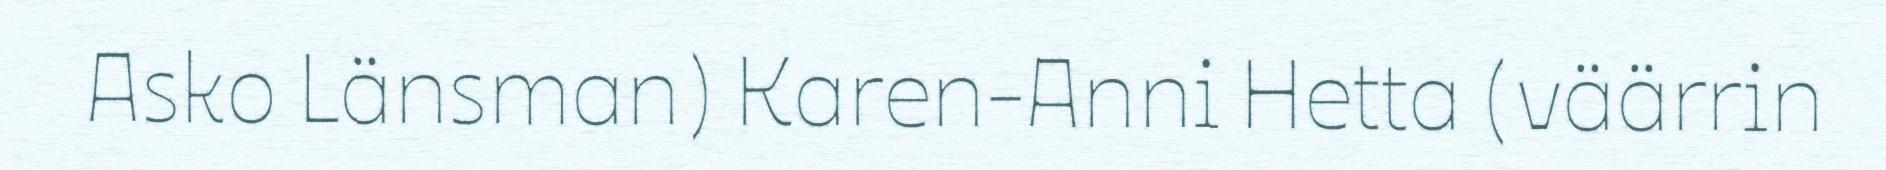
Asko Länsman) Karen-Anni Hetta (väärrin